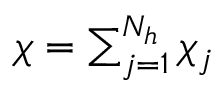
\begin{array} { r } { \chi = \sum _ { j = 1 } ^ { N _ { h } } \chi _ { j } } \end{array}